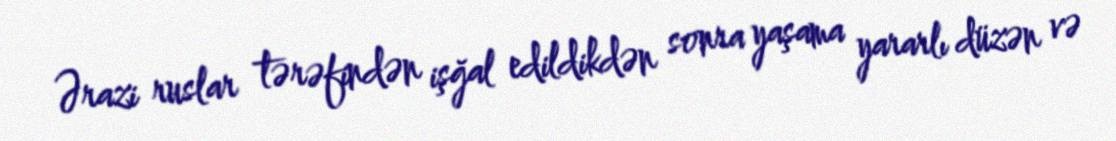
Ərazi ruslar tərəfindən işğal edildikdən sonra yaşama yararlı düzən və